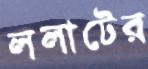
ললাটের